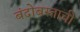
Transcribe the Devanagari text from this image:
बंदोबस्ताची